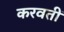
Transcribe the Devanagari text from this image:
करवतीं